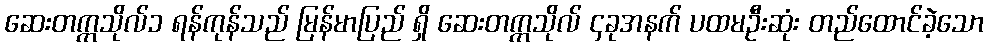
ဆေးတက္ကသိုလ်၁ ရန်ကုန်သည် မြန်မာပြည် ရှိ ဆေးတက္ကသိုလ် ၄ခုအနက် ပထမဦးဆုံး တည်ထောင်ခဲ့သော